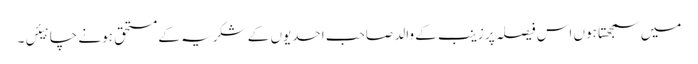
میں سمجھتا ہوں اس فیصلہ پر زینب کے والد صاحب احدیوں کے شکریہ کے مستحق ہونے چاہیئں۔